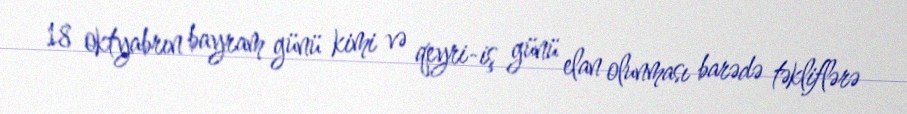
18 oktyabrın bayram günü kimi və qeyri-iş günü elan olunması barədə təkliflərə